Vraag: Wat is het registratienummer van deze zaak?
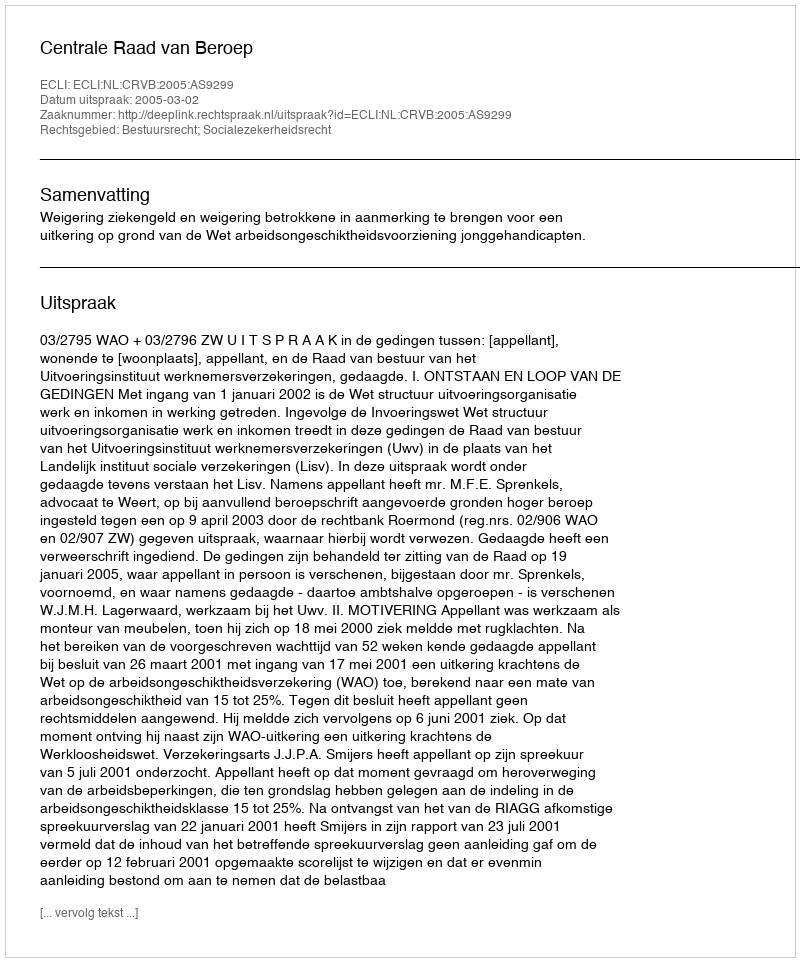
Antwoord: http://deeplink.rechtspraak.nl/uitspraak?id=ECLI:NL:CRVB:2005:AS9299